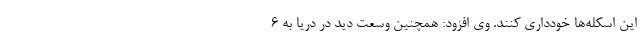
این اسکله‌ها خودداری کنند. وی افزود: همچنین وسعت دید در دریا به ۶